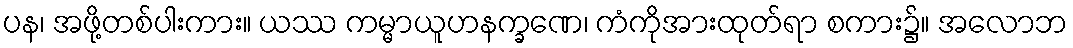
ပန၊ အဖို့တစ်ပါးကား။ ယဿ ကမ္မာယူဟနက္ခဏေ၊ ကံကိုအားထုတ်ရာ စကား၌။ အလောဘ